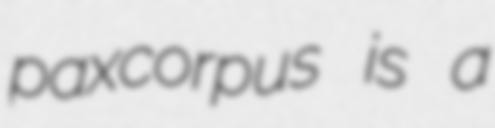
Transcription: paxcorpus is a